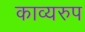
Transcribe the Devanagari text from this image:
काव्यरुप